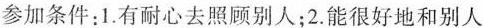
参加条件：1.有耐心去照顾别人；2.能很好地和别人